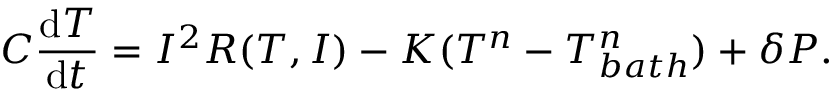
C \frac { \mathrm { d } T } { \mathrm { d } t } = I ^ { 2 } R ( T , I ) - K ( T ^ { n } - T _ { b a t h } ^ { n } ) + \delta P .